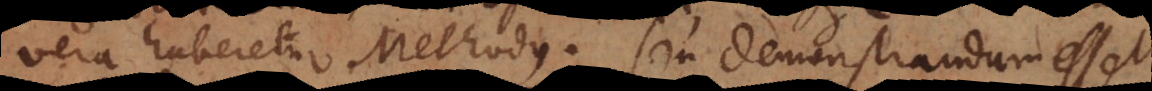
vera haberetur Methodus. Seu demonstrandum esset